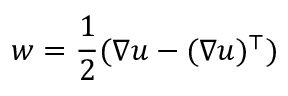
\boldsymbol { w } = \frac { 1 } { 2 } ( \nabla \boldsymbol { u } - ( \nabla \boldsymbol { u } ) ^ { \top } )